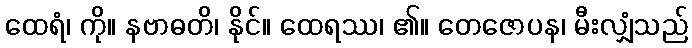
ထေရံ၊ ကို။ နဗာဓတိ၊ နိုင်။ ထေရဿ၊ ၏။ တေဇောပန၊ မီးလျှံသည်